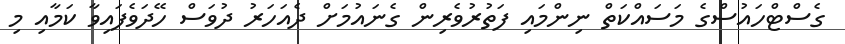
ގެސްޓްހައުސްގެ މަސައްކަތް ނިންމައި ފަތުރުވެރިން ގެނައުމަށް ދެއަހަރު ދުވަސް ހޭދަވެފައިވާ ކަމާއި މި